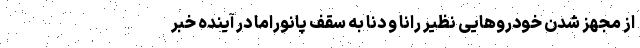
از مجهز شدن خودروهایی نظیر رانا و دنا به سقف پانوراما در آینده خبر